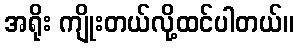
အရိုး ကျိုးတယ်လို့ထင်ပါတယ်။